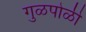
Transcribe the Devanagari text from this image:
गुळपोळी